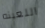
اللعينه